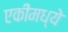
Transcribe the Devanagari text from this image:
एकीमध्ये